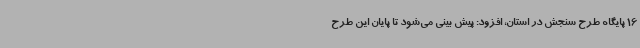
16 پایگاه طرح سنجش در استان، افزود: پیش بینی می‌شود تا پایان این طرح